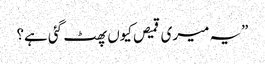
”یہ میری قمیص کیوں پھٹ گئی ہے؟